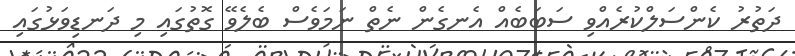
ދަތުރު ކެންސަލްކުރެއްވި ސަބަބެއް އެނގެން ނެތް ނަމަވެސް ބެލެވޭ ގޮތުގައި މި ދަނޑިވަޅުގައި